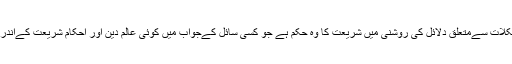
فتویٰ سے مراد پیش آمدہ مسائل اور مشکلات سےمتعلق دلائل کی روشنی میں شریعت کا وہ حکم ہے جو کسی سائل کےجواب میں کوئی عالم دین اور احکامِ شریعت کےاندر بصیرت رکھنے والاشخص بیان کرے۔